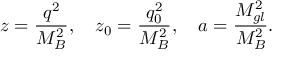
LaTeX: z = { \frac { q ^ { 2 } } { M _ { B } ^ { 2 } } } , \quad z _ { 0 } = { \frac { q _ { 0 } ^ { 2 } } { M _ { B } ^ { 2 } } } , \quad a = { \frac { M _ { g l } ^ { 2 } } { M _ { B } ^ { 2 } } } .